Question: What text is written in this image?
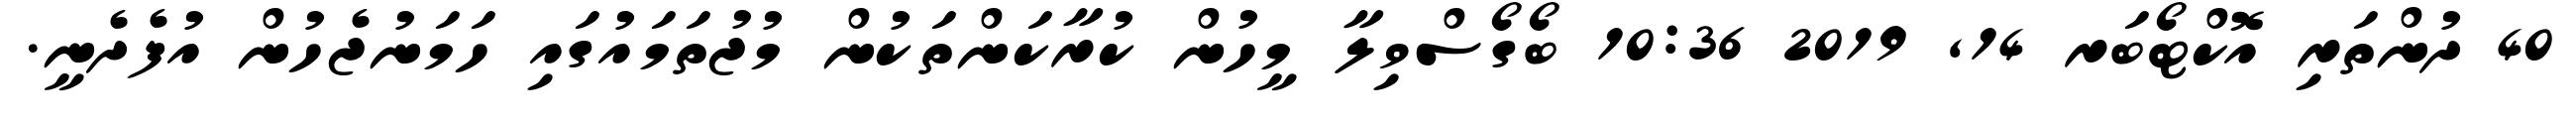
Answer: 40 ދުންތަރި އޮކްޓޯބަރ 14, 2019 10:36 ބޯގޯސްވިލާ މީހުން ކުރާކަންތަކުން މުޖުތަމައުގައި ހަމަނުޖެހުން އުފެދެނީ.